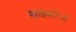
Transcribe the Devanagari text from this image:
साइबररेज़